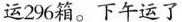
运 296 箱。下午运了